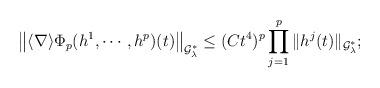
LaTeX: \begin{align*}\big\|\langle\nabla\rangle\Phi_p(h^1,\cdots,h^p)(t)\big\|_{\mathcal{G}_{\lambda}^*}\leq (Ct^4)^{p}\prod_{j=1}^p\|h^j(t)\|_{\mathcal{G}_{\lambda}^*};\end{align*}